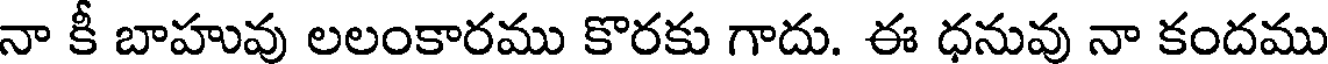
నా కీ బాహువు లలంకారము కొరకు గాదు. ఈ ధనువు నా కందము